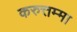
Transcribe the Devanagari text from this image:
करुत्तम्मा